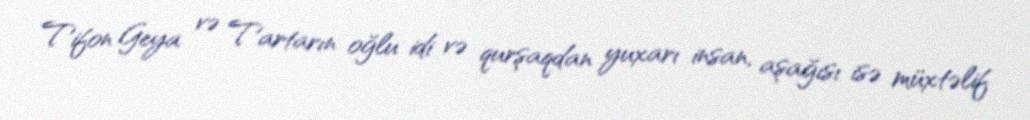
Tifon Geya və Tartarın oğlu idi və qurşaqdan yuxarı insan, aşağısı isə müxtəlif